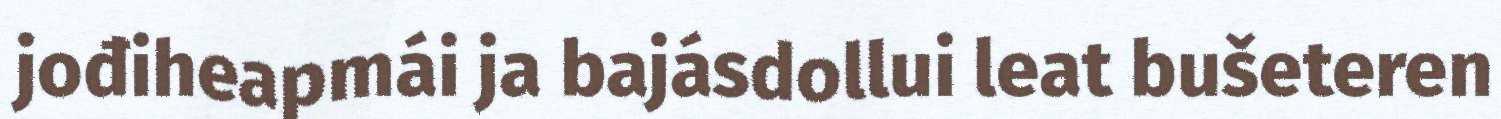
jođiheapmái ja bajásdollui leat bušeteren